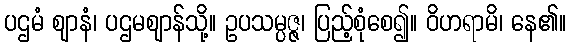
ပဌမံ ဈာနံ၊ ပဌမဈာန်သို့။ ဥပသမ္ပဇ္ဇ၊ ပြည့်စုံစေ၍။ ဝိဟရာမိ၊ နေ၏။